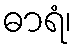
ဓာရံ၊